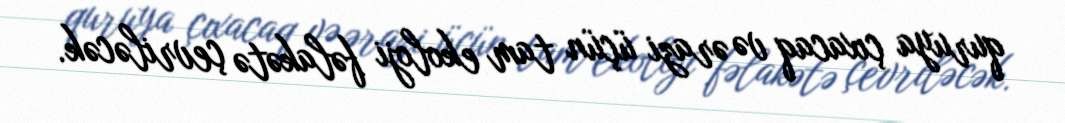
quruya çıxacaq və ərazi üçün tam ekoloji fəlakətə çevriləcək.